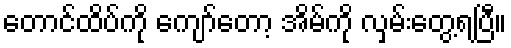
တောင်ထိပ်ကို ကျော်တော့ အိမ်ကို လှမ်းတွေ့ရပြီ။